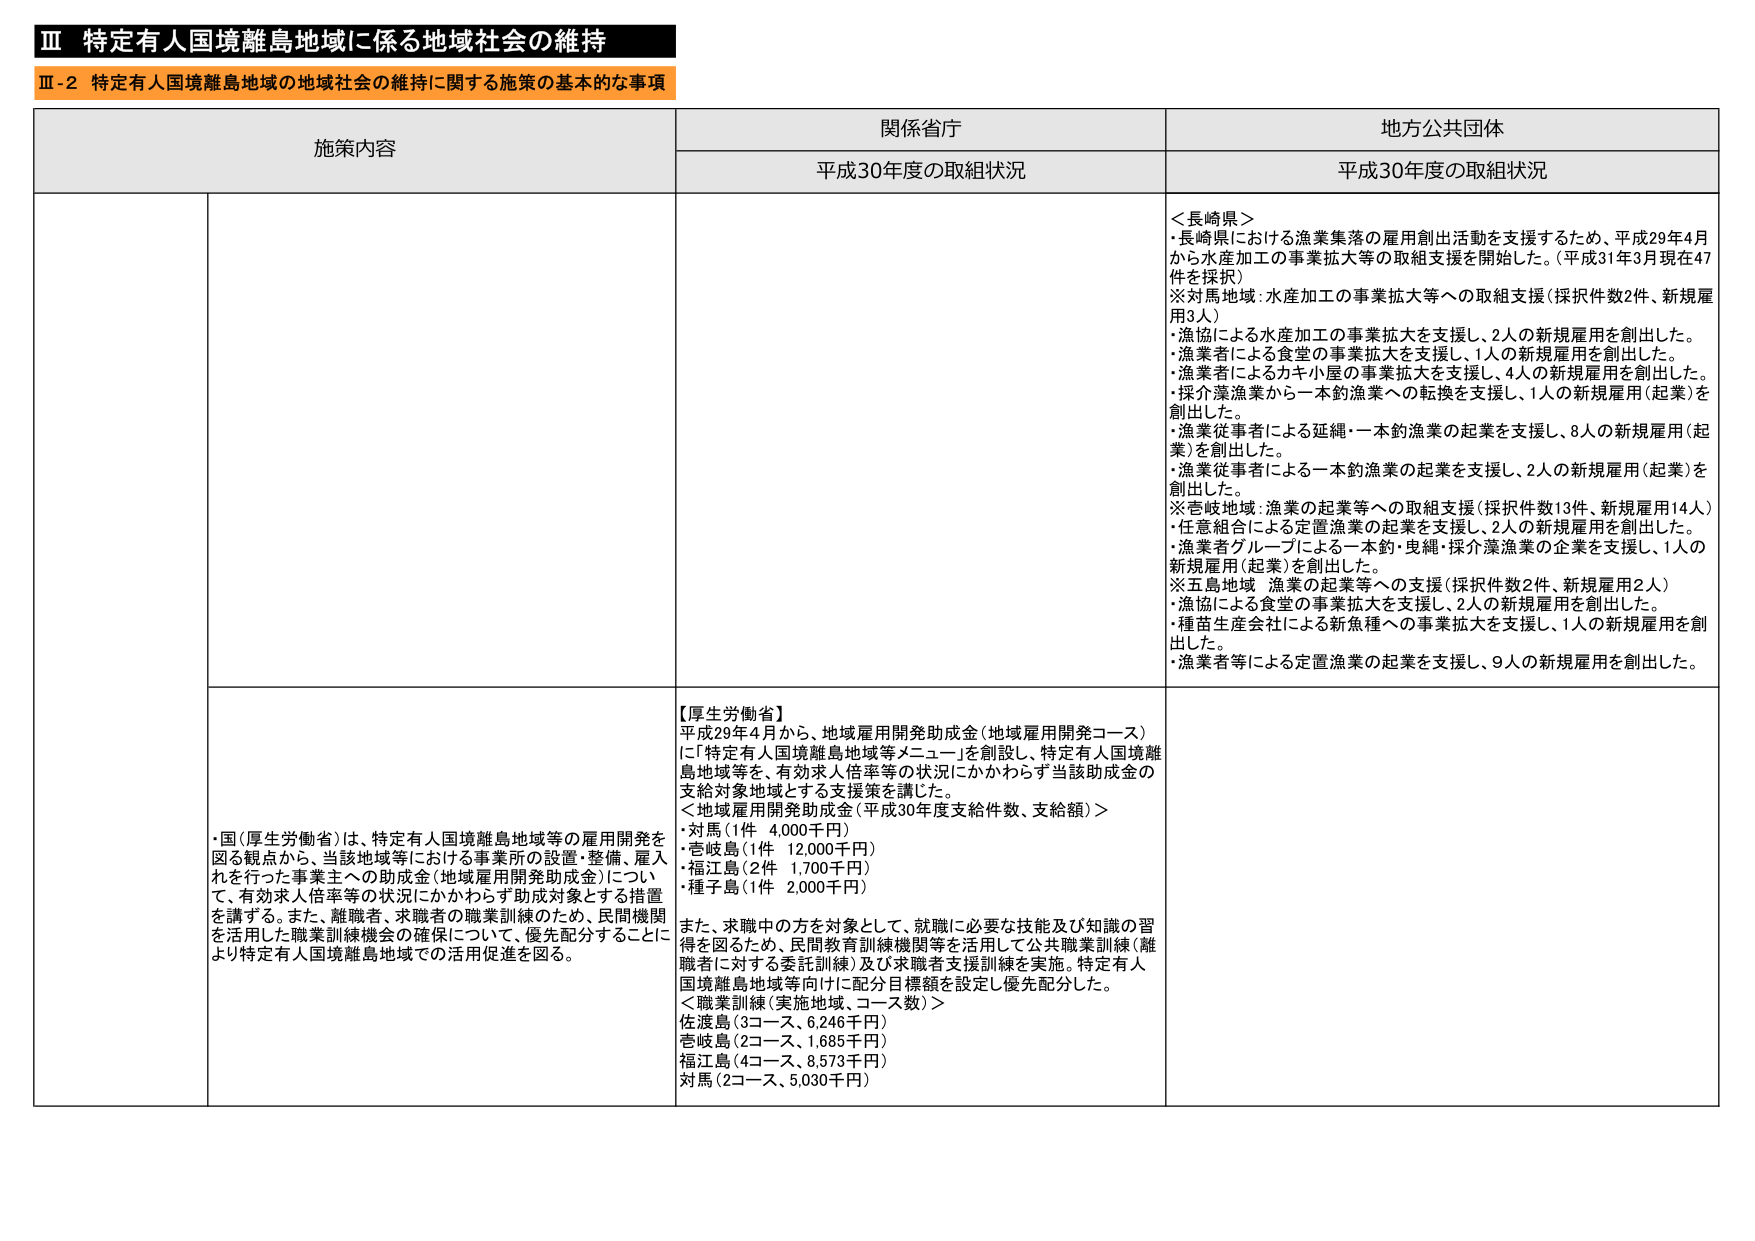
Ⅲ 特定有人国境離島地域に係る地域社会の維持
Ⅲ-2 特定有人国境離島地域の地域社会の維持に関する施策の基本的な事項

施策内容 関係省庁 地方公共団体
平成30年度の取組状況 平成30年度の取組状況

＜長崎県＞
・長崎県における漁業集落の雇用創出活動を支援するため、平成29年4月から水産加工の事業拡大等の取組支援を開始した。（平成31年3月現在47件を採択）
※対馬地域：水産加工の事業拡大等への取組支援（採択件数2件、新規雇用3人）
・漁協による水産加工の事業拡大を支援し、2人の新規雇用を創出した。
・漁業者による食堂の事業拡大を支援し、1人の新規雇用を創出した。
・漁業者によるカキ小屋の事業拡大を支援し、4人の新規雇用を創出した。
・採介藻漁業から一本釣漁業への転換を支援し、1人の新規雇用（起業）を創出した。
・漁業従事者による延縄・一本釣漁業の起業を支援し、8人の新規雇用（起業）を創出した。
・漁業従事者による一本釣漁業の起業を支援し、2人の新規雇用（起業）を創出した。
※壱岐地域：漁業の起業等への取組支援（採択件数13件、新規雇用14人）
・任意組合による定置漁業の起業を支援し、2人の新規雇用を創出した。
・漁業者グループによる一本釣・曳縄・採介藻漁業の企業を支援し、1人の新規雇用（起業）を創出した。
※五島地域 漁業の起業等への支援（採択件数2件、新規雇用2人）
・漁協による食堂の事業拡大を支援し、2人の新規雇用を創出した。
・種苗生産会社による新魚種への事業拡大を支援し、1人の新規雇用を創出した。
・漁業者等による定置漁業の起業を支援し、9人の新規雇用を創出した。

【厚生労働省】
平成29年4月から、地域雇用開発助成金（地域雇用開発コース）に「特定有人国境離島地域等メニュー」を創設し、特定有人国境離島地域等を、有効求人倍率等の状況にかかわらず当該助成金の支給対象地域とする支援策を講じた。
＜地域雇用開発助成金（平成30年度支給件数、支給額）＞
・対馬（1件 4,000千円）
・壱岐島（1件 12,000千円）
・福江島（2件 1,700千円）
・種子島（1件 2,000千円）
また、求職中の方を対象として、就職に必要な技能及び知識の習得を図るため、民間教育訓練機関等を活用して公共職業訓練（離職者に対する委託訓練）及び求職者支援訓練を実施。特定有人国境離島地域等向けに配分目標額を設定し優先配分した。
＜職業訓練（実施地域、コース数）＞
佐渡島（3コース、6,246千円）
壱岐島（2コース、1,685千円）
福江島（4コース、8,573千円）
対馬（2コース、5,030千円）

・国（厚生労働省）は、特定有人国境離島地域等の雇用開発を図る観点から、当該地域等における事業所の設置・整備、雇入れを行った事業主への助成金（地域雇用開発助成金）について、有効求人倍率等の状況にかかわらず助成対象とする措置を講ずる。また、離職者、求職者の職業訓練のため、民間機関を活用した職業訓練機会の確保について、優先配分することにより特定有人国境離島地域での活用促進を図る。